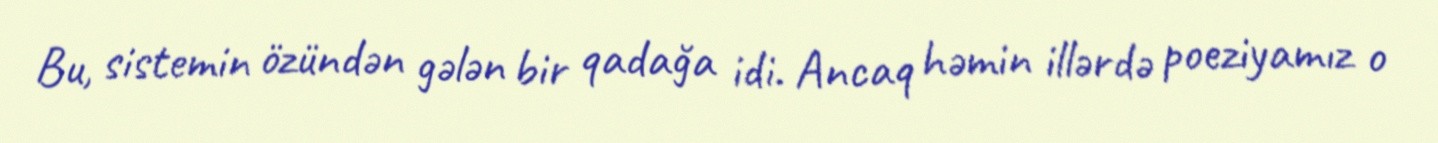
Bu, sistemin özündən gələn bir qadağa idi. Ancaq həmin illərdə poeziyamız o